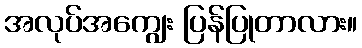
အလုပ်အကျွေး ပြန်ပြုတာလား။